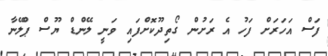
ފަސް އަހަރަށް ފަހު އެ ރަށުން ގޯތިދޫކޮށްފައި ވަނީ ލޭންޑް ޔޫސް ޕްލޭނާ